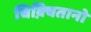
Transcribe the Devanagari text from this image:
चिक़्वितानो